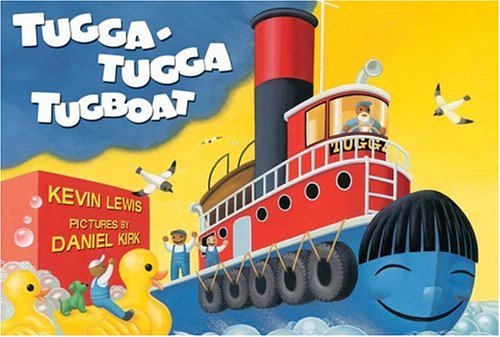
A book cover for Tugga-Tugga Tugboat; Kevin Lewis; Children's Books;